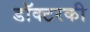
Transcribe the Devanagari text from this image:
डॉक्टरकी